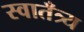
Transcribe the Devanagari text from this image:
स्वातँत्र्य